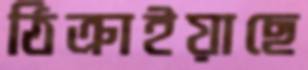
ঠিক্‌রাইয়াছে